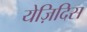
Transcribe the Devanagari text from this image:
येज़िदिस